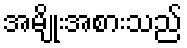
အမျိုးအစားသည်